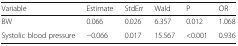
<table><thead><tr><td><b>Variable</b></td><td><b>Estimate</b></td><td><b>StdErr</b></td><td><b>Wald</b></td><td><b>P</b></td><td><b>OR</b></td></tr></thead><tbody><tr><td>BW</td><td>0.066</td><td>0.026</td><td>6.357</td><td>0.012</td><td>1.068</td></tr><tr><td>Systolic blood pressure</td><td>−0.066</td><td>0.017</td><td>15.567</td><td>&lt;0.001</td><td>0.936</td></tr></tbody></table>